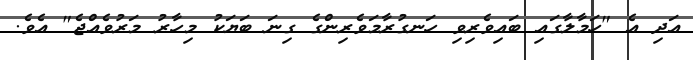
އަދި އެ "ހަމާލާގައި ބައިވެރިވި ހަނގުރާމަވެރިންގެ ގިނަ ބަޔަކު މިހާރު މަރުވެއްޖެ" އެވެ.